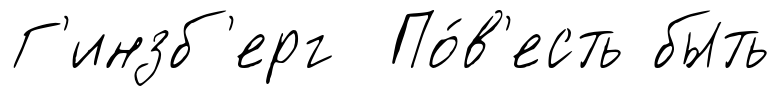
Г'инзб'ерг По́в'есть быть